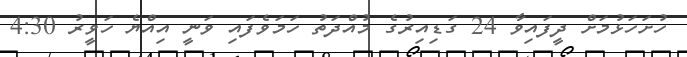
ހުށަހަޅުމަށް ދީފައިވާ 24 ގަޑިއިރުގެ މުއްދަތު ހަމަވެފައި ވަނީ އިއްޔެ ހަވީރު 4:30